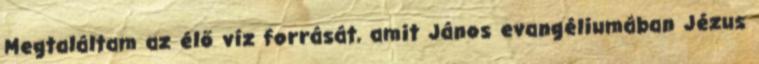
Megtaláltam az élő víz forrását, amit János evangéliumában Jézus